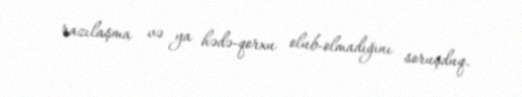
razılaşma və ya hədə-qorxu olub-olmadığını soruşduq.